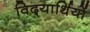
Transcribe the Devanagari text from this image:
विद्‍यार्थियों